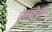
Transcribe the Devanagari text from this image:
टेकडीची